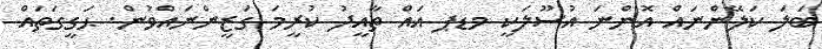
ބަލަ ކަލޭންނައް އޮންނަ އުސޫލަކީ މޑޕ އައް ތާއީދު ކުރީމަ ގަޒީންނައްވުން. ޙަގީގަތައް